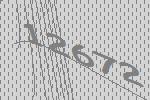
12672